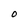
Character: O